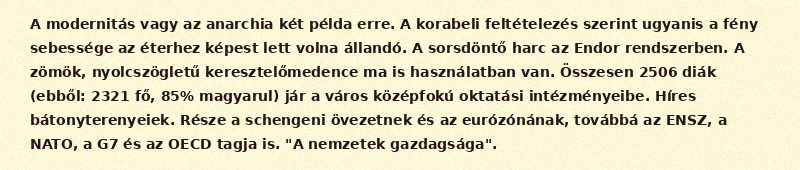
A modernitás vagy az anarchia két példa erre. A korabeli feltételezés szerint ugyanis a fény sebessége az éterhez képest lett volna állandó. A sorsdöntő harc az Endor rendszerben. A zömök, nyolcszögletű keresztelőmedence ma is használatban van. Összesen 2506 diák (ebből: 2321 fő, 85% magyarul) jár a város középfokú oktatási intézményeibe. Híres bátonyterenyeiek. Része a schengeni övezetnek és az eurózónának, továbbá az ENSZ, a NATO, a G7 és az OECD tagja is. "A nemzetek gazdagsága".